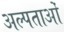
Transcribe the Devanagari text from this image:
अल्पताओं